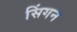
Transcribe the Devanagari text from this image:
सिंगन